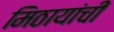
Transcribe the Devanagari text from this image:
मिठायांची